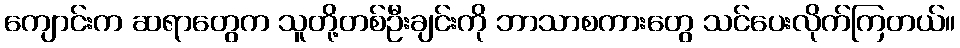
ကျောင်းက ဆရာတွေက သူတို့တစ်ဦးချင်းကို ဘာသာစကားတွေ သင်ပေးလိုက်ကြတယ်။